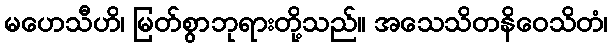
မဟေသီဟိ၊ မြတ်စွာဘုရားတို့သည်။ အသေသိတနိဝေသိတံ၊